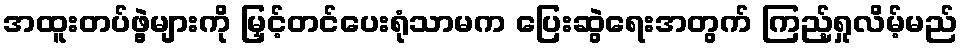
အထူးတပ်ဖွဲ့များကို မြှင့်တင်ပေးရုံသာမက ပြေးဆွဲရေးအတွက် ကြည့်ရှုလိမ့်မည်